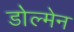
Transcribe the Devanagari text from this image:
डोल्मेन